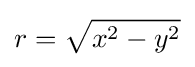
r={\sqrt {x^{2}-y^{2}}}